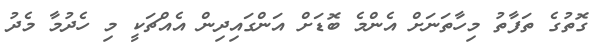
ގޮތުގެ ތަފާތު މިހާތަނަށް އެންމެ ބޮޑަށް އަންގައިދިން އެއްޗަކީ މި ހެދުމާ މެދު